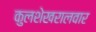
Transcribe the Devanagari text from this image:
कुलशेखरालवार